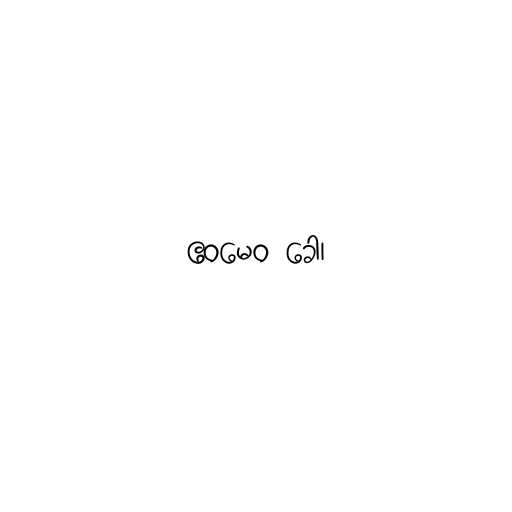
ဧဝမေဝ ခေါ၊